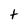
Character: t